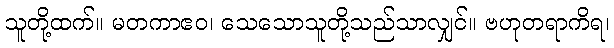
သူတို့ထက်။ မတကာဧဝ၊ သေသောသူတို့သည်သာလျှင်။ ဗဟုတရာကိရ၊